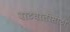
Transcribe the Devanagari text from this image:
वाटचालीसाठी